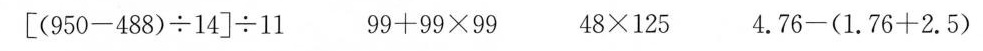
$$\left[ ( 9 5 0 - 4 8 8 ) \div 1 4 \right] \div 1 1$$ $$9 9 + 9 9 \times 9 9$$ $$4 8 \times 1 2 5$$ $$4 . 7 6 - ( 1 . 7 6 + 2 . 5 )$$